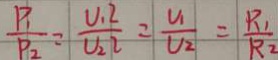
\frac { P _ { 1 } } { P _ { 2 } } = \frac { V _ { 1 } 2 } { V _ { 2 } 2 } = \frac { V _ { 1 } } { V _ { 2 } } = \frac { R _ { 1 } } { R _ { 2 } }